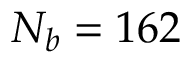
N _ { b } = 1 6 2